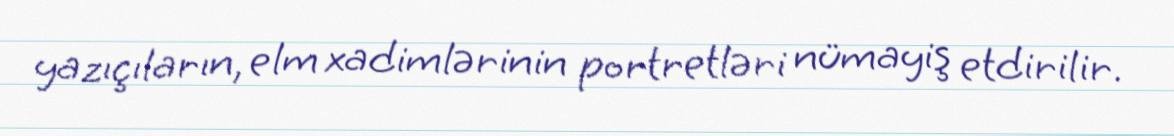
yazıçıların, elm xadimlərinin portretləri nümayiş etdirilir.